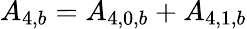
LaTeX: {A_{4,b}}={A_{4,0,b}}+{A_{4,1,b}}